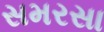
સમરસા